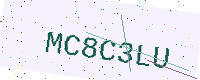
Text: MC8C3LU